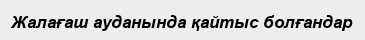
Жалағаш ауданында қайтыс болғандар